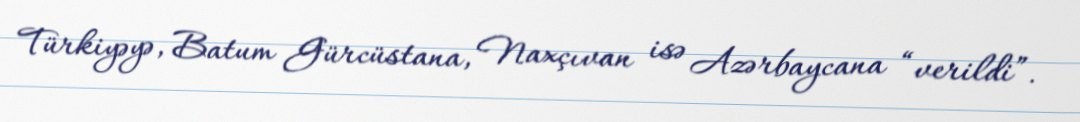
Türkiyəyə, Batum Gürcüstana, Naxçıvan isə Azərbaycana “verildi”.